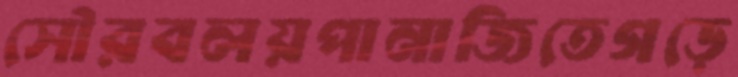
সৌরবলয়পানাজিতেগড়ে